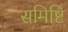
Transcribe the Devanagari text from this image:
समिष्टि